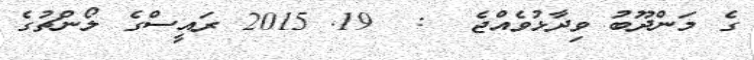
ގެ މަންދޫބު ވިދާޅުވެއްޖެ  :  19